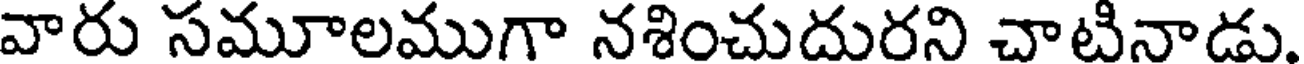
వారు సమూలముగా నశించుదురని చాటినాడు.